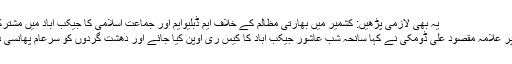
یہ بھی لازمی پڑھیں: کشمیر میں بھارتی مظالم کے خلاف ایم ڈبلیوایم اور جماعت اسلامی کا جیکب آباد میں مشترکہ احتجاج
اس موقع پر علامہ مقصود علی ڈومکی نے کہا سانحہ شب عاشور جیکب آباد کا کیس ری اوپن کیا جائے اور دھشت گردوں کو سرعام پھانسی دی جائے۔